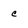
Character: c